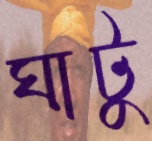
ঘাটু